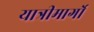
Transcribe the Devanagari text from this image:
यात्रीमार्गो